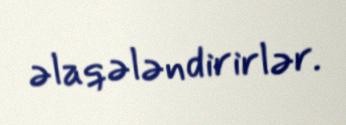
əlaqələndirirlər.